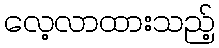
လေ့လာထားသည့်